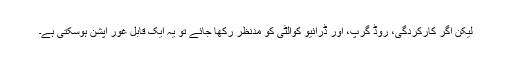
لیکن اگر کارکردگی، روڈ گرپ، اور ڈرائیو کوالٹی کو مدنظر رکھا جائے تو یہ ایک قابل غور آپشن ہوسکتی ہے۔